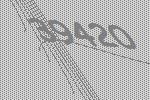
39420